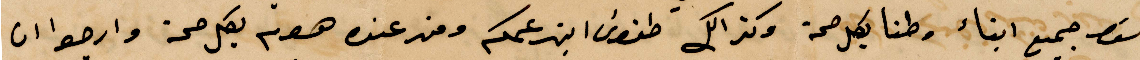
هنا جميع أبناء وطنا بكل صحة وكذلك طنوس ابن عمكم ومن عنده هوم بكل صحة وارجوا ان